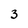
Character: 3